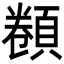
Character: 𩓫